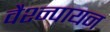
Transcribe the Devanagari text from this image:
वैश्न्पायन